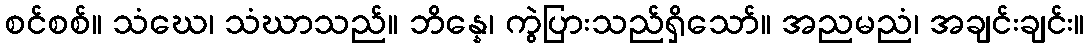
စင်စစ်။ သံဃေ၊ သံဃာသည်။ ဘိန္နေ၊ ကွဲပြားသည်ရှိသော်။ အညမညံ၊ အချင်းချင်း။